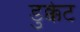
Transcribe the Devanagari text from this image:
डुक्केट